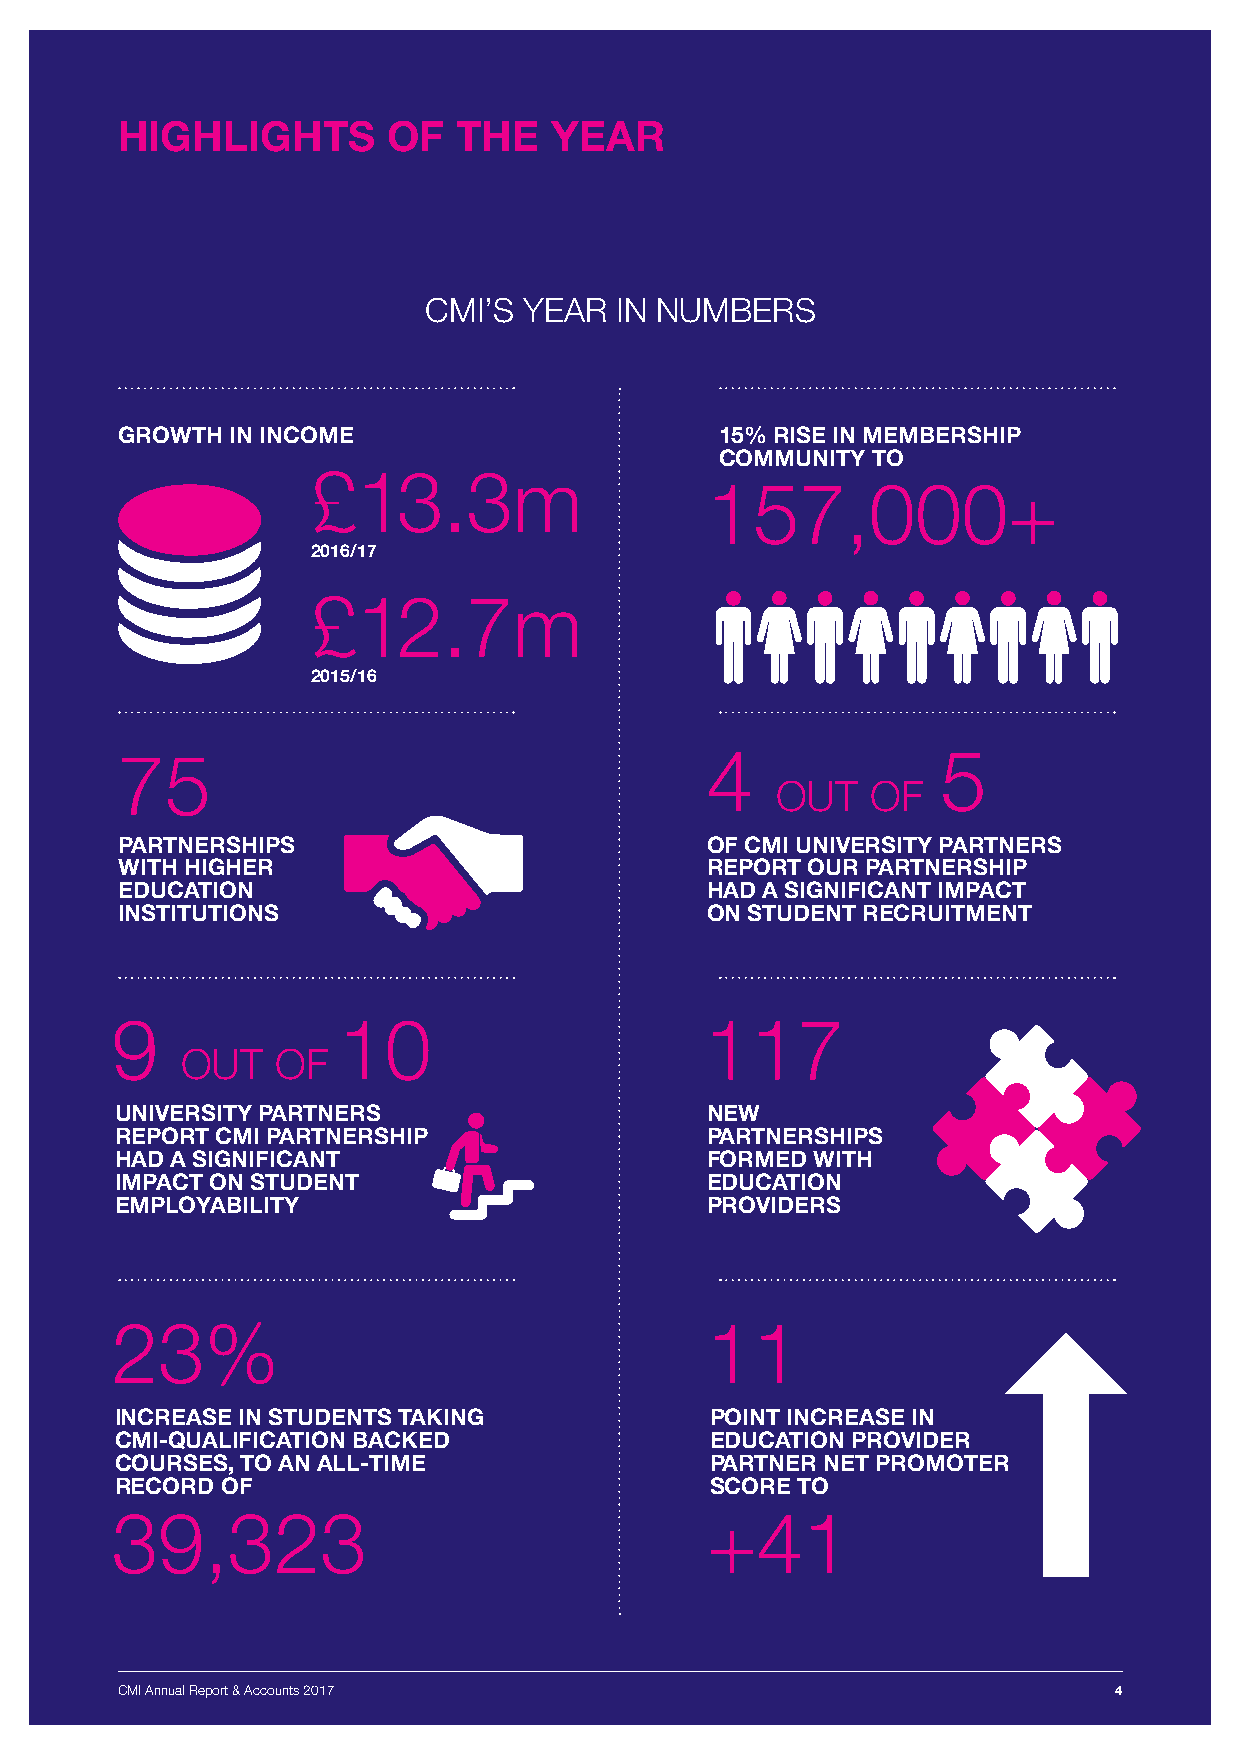
HIGHLIGHTS        OF  THE   YEAR
 CMI’S  YEAR  IN NUMBERS
 GROWTH IN INCOME                        15% RISE IN MEMBERSHIP
 COMMUNITY TO
 £13.3m
 157,000+
 2016/17
 £12.7m
 2015/16
 75                                     4              5
 OUT    OF
 PARTNERSHIPS                           OF CMI UNIVERSITY PARTNERS
 WITH HIGHER                            REPORT OUR PARTNERSHIP
 EDUCATION                              HAD A SIGNIFICANT IMPACT
 INSTITUTIONS                           ON STUDENT RECRUITMENT
 9              10                       117
 OUT   OF
 UNIVERSITY PARTNERS                    NEW
 REPORT CMI PARTNERSHIP                 PARTNERSHIPS
 HAD A SIGNIFICANT                      FORMED WITH
 IMPACT ON STUDENT                      EDUCATION
 EMPLOYABILITY                          PROVIDERS
 23%                                     11
 INCREASE IN STUDENTS TAKING            POINT INCREASE IN
 CMI-QUALIFICATION BACKED               EDUCATION PROVIDER
 COURSES, TO AN ALL-TIME                PARTNER NET PROMOTER
 RECORD OF                              SCORE TO
 39,323                                  +41
 CMI Annual Report & Accounts 2017                                 4